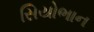
સિયોભાન